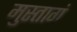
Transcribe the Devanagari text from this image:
मुस्तागं